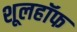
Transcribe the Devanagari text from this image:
शूलहॉफ